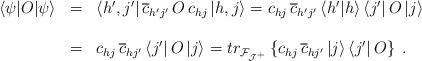
LaTeX: \begin{align*}\begin{array}{lll}\left<\psi|O|\psi\right>&=&\left<h',j'\right|\overline{c}_{h'j'}\,O\,{c}_{hj}\left|h,j\right>={c}_{hj}\,\overline{c}_{h'j'}\left<h'|h\right>\left<j'\right|O\left|j\right>\\\\&=&{c}_{hj}\,\overline{c}_{hj'}\left<j'\right|O\left|j\right>=tr_{\cal F_{J^+}}\left\{{c}_{hj}\,\overline{c}_{hj'}\left|j\right>\left<j'\right|O\right\}\;.\end{array}\end{align*}